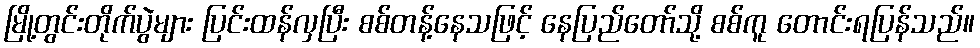
မြို့တွင်းတိုက်ပွဲများ ပြင်းထန်လှပြီး စစ်တန့်နေသဖြင့် နေပြည်တော်သို့ စစ်ကူ တောင်းရပြန်သည်။